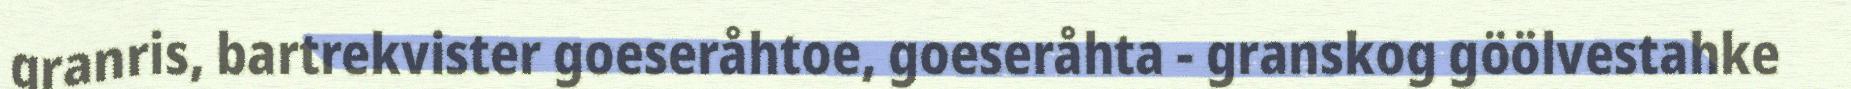
granris, bartrekvister goeseråhtoe, goeseråhta - granskog göölvestahke